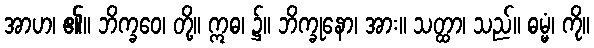
အာဟ၊ ၏။ ဘိက္ခဝေ၊ တို့။ ဣဓ၊ ၌။ ဘိက္ခုနော၊ အား။ သတ္ထာ၊ သည်။ ဓမ္မံ၊ ကို။